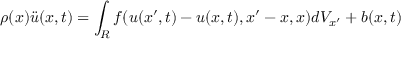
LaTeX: \rho ( x ) { \ddot { u } } ( x , t ) = \int _ { R } f ( u ( x ^ { \prime } , t ) - u ( x , t ) , x ^ { \prime } - x , x ) d V _ { x ^ { \prime } } + b ( x , t )